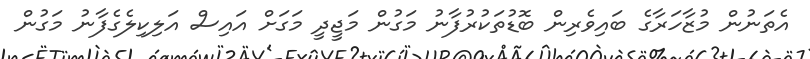
އެތަނުން މުޒާހަރާގެ ބައިވެރިން ބޮޑުތަކުރުފާނު މަގުން މަޖީދީ މަގަށް އައިސް އަލިކިލެގެފާނު މަގުން